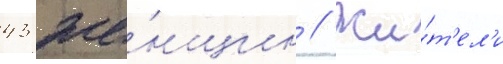
43 же́нщин // Жи́т'ел'и